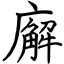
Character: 廨